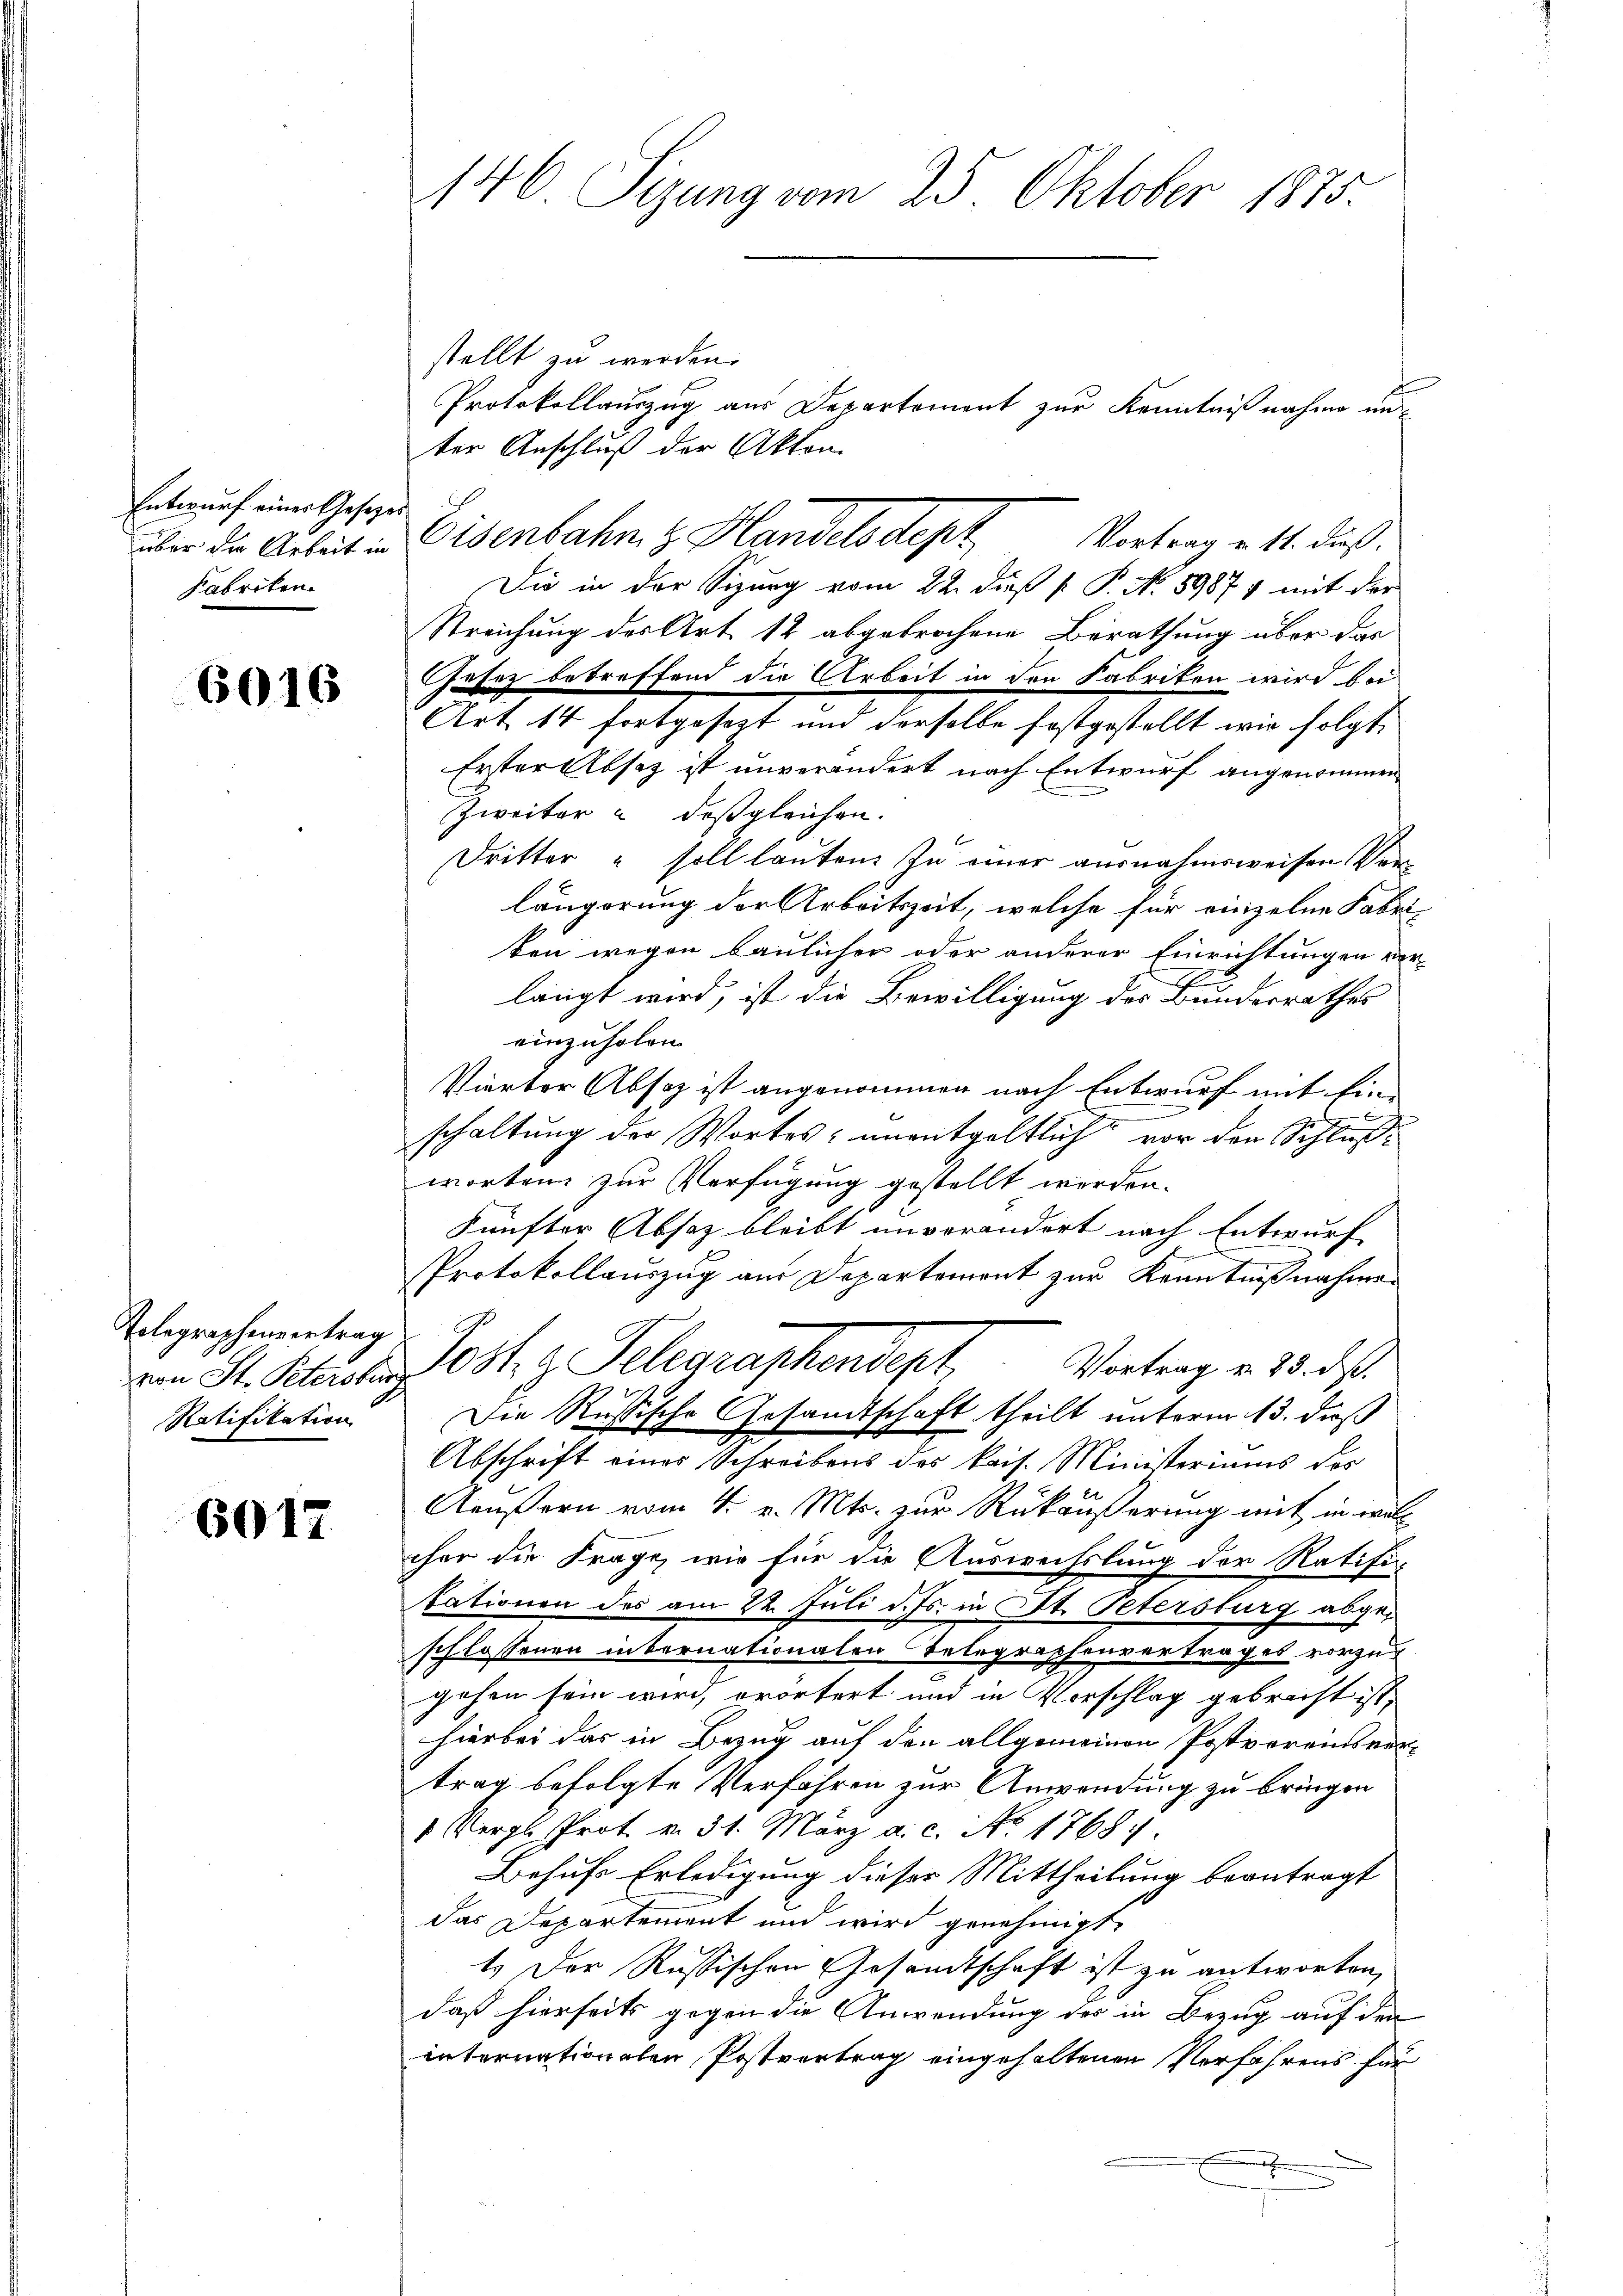
Entwurf einer Gesetzes
Fabriken

6016

Tolegraphenvertrag
Ratifikation

6017

stellt zu werden.
Protokollauszug aus Departement zur Kenntnißnahme unter Anschluß der Akten.
über die Arbeit in Eisenbahn z. Handelsdept Vortrag v. 11. dieß.
Die in der Sipurg vom 22. dieß P. P. Nr. 89877 mit der
Streichung des Art. 12 abgebrochene Berathung über das
hafez betreffend die Arbeit in den Fabriken wird bei
Art 14 fortgesezt und derselbe festgestellt wir folgt.
Erster Absetz ist unverändert nach Entwurf angenommen
Zweiter u deßgleichen.
Dritter u soll lauten zu einer ausnahmsweisen Verlängerung der Arbeitszeit, welche für einzelne Fabri-
ten wegen baulicher oder anderer Einrichtungen vor
langt wird, ist die Bewilligung des Bundesrathes
einzuholen.
Vierter Absaz ist angenommen nach Entwurf mit Ein
schaltung der Wortes; unentgeltlich vor den Schlusworten zur Verfügung gestellt werden.
künfter Absaz bleibt unverändert nach Entwurf
1
Protokollauszug aus Departement zur Kenntnißnahmen
Vortrag u. 23. ds.
von St. Platz Post. g. Telegraphendept,
Die Russische Gesandtschaft theilt unterm 13. dieß
Abschrift eines Schreibens des kais. Ministeriums des
Aeußern vom 4. v. Mts. zur Rükäußerung mit in welcher die Frage, wie für die Auswechslung der Ratifi-
tationen des am 22. Juli d. Js. in St. Petersburg abgeschlossenen internationalen Telegraphenvertrages vorzugehen sein wird, erörtert und in Vorschlag gebracht ist,
hierbei das in Bezug auf den allgemeinen Postvereinsvertrag befolgte Verfahren zur Anwendung zu bringen
1 Vergl. Prot. v. 31. März a. c. No. 17687.
Behufs Erledigung dieser Mittheilung beantragt
das Departement und wird genehmigt.
1.) Der Russischen Gesandtschaft ist zu antworten,
daß hierseits gegen die Anwendung des in Bezug auf den
internationalen Postvertrag eingehaltenen Verfahrens für
.

146 Sizung vom 25. Oktober 1875.